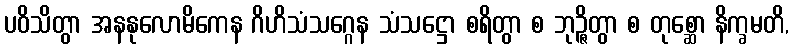
ပဝိသိတွာ အနနုလောမိကေန ဂိဟိသံသဂ္ဂေန သံသဋ္ဌော စရိတွာ စ ဘုဉ္ဇိတွာ စ တုစ္ဆော နိက္ခမတိ,